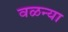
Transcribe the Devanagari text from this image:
वळन्या